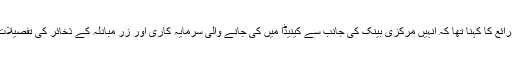
اس حوالے سے سعودی بینک کے ذرائع کا کہنا تھا کہ انہیں مرکزی بینک کی جانب سے کینیڈا میں کی جانے والی سرمایہ کاری اور زرِ مبادلہ کے ذخائر کی تفصیلات پیش کرنے کی ہدایت کی گئی ہیں۔